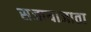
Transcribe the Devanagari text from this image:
सजायाजाता